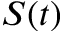
S ( t )